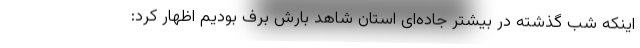
اینکه شب گذشته در بیشتر جاده‌ای استان شاهد بارش برف بودیم اظهار کرد: